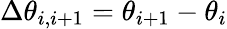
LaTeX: \Delta\theta_{i,i+1}=\theta_{i+1}-\theta_{i}